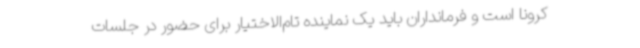
کرونا است و فرمانداران باید یک نماینده تام‌الاختیار برای حضور در جلسات